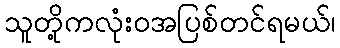
သူတို့ကလုံးဝအပြစ်တင်ရမယ်၊